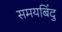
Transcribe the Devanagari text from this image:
समयबिंदु